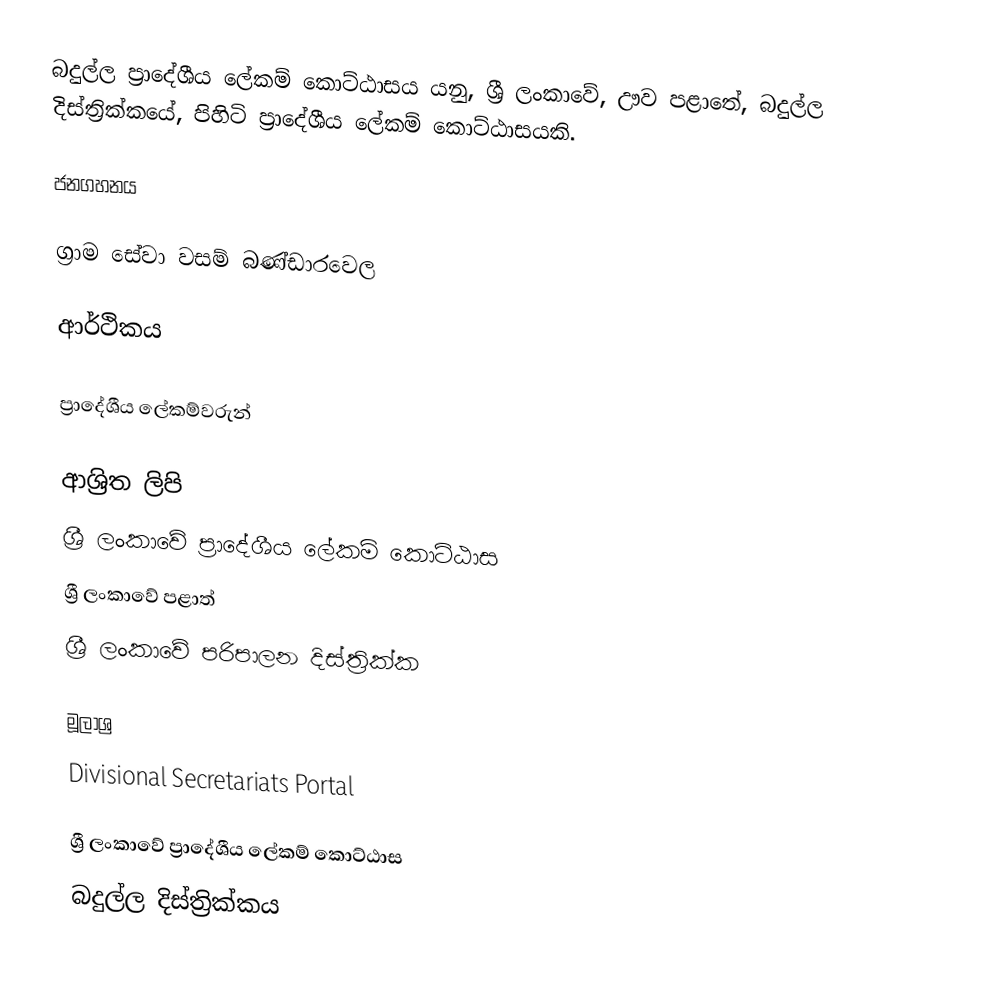
බදුල්ල ප්‍රාදේශීය ලේකම් කොට්ඨාසය යනු,  ශ්‍රී ලංකාවේ, ඌව පළාතේ,   බදුල්ල දිස්ත්‍රික්කයේ, පිහිටි ප්‍රාදේශීය ලේකම් කොට්ඨාසයකි.

ජනගහනය

ග්‍රාම සේවා වසම් බණ්ඩාරවෙල

ආර්ථිකය

ප්‍රාදේශීය ලේකම්වරුන්

ආශ්‍රිත ලිපි
ශ්‍රී ලංකාවේ ප්‍රාදේශීය ලේකම් කොට්ඨාස
ශ්‍රී ලංකාවේ පළාත්
ශ්‍රී ලංකාවේ පරිපාලන දිස්ත්‍රික්ක

මූලාශ්‍ර
 Divisional Secretariats Portal

ශ්‍රී ලංකාවේ ප්‍රාදේශීය ලේකම් කොට්ඨාස
බදුල්ල දිස්ත්‍රික්කය